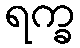
ရက္ခ